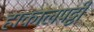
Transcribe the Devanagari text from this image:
हाकालपट्टी